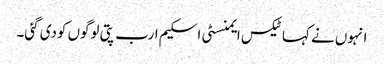
انہوں نے کہا ٹیکس ایمنسٹی اسکیم ارب پتی لوگوں کودی گئی۔